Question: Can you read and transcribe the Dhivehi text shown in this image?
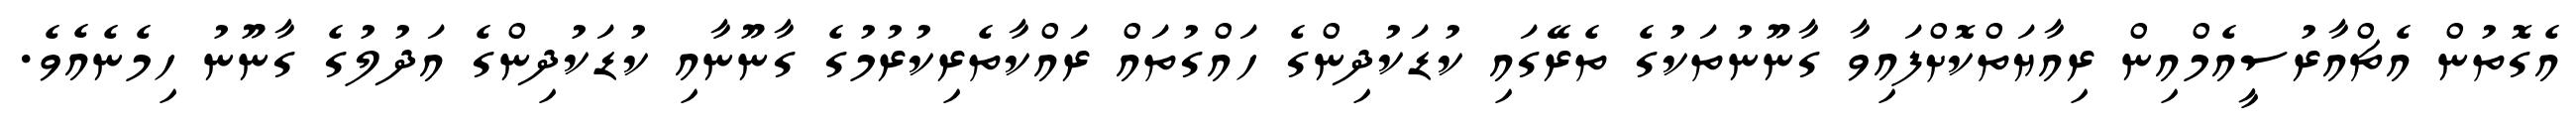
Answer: އެގޮތުން އެޗްއާރުސީއެމްއިން ރިއާޔަތްކޮށްފައިވާ ގާނޫނުތަކުގެ ތެރޭގައި ކުޑަކުދިންގެ ހައްގުތައް ރައްކާތެރިކުރުމުގެ ގާނޫނާއި ކުޑަކުދިންގެ އަދުލުގެ ގާނޫނު ހިމެނެއެވެ.